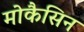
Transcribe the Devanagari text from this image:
मोकैसिन